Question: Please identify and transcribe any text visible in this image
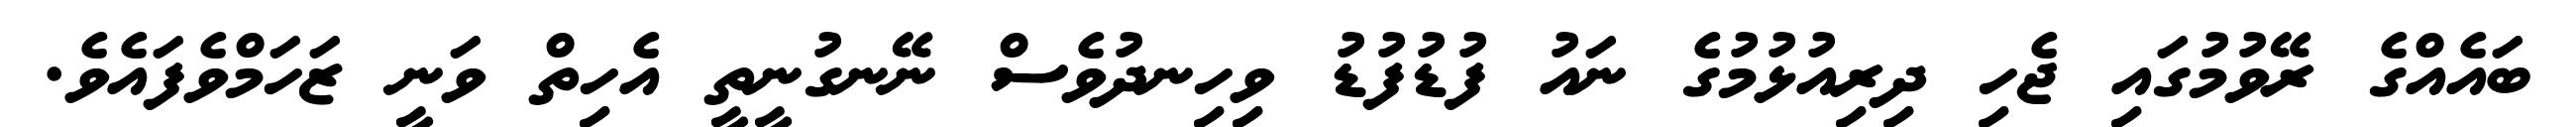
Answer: ބައެއްގެ ރޭވުމުގައި ޖެހި ދިރިއުޅުމުގެ ނައު ފުޑުފުޑު ވިހިނދުވެސް ނޭނގުނީތީ އެހިތް ވަނީ ޒަހަމްވެފައެވެ.